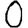
Digit: 0